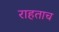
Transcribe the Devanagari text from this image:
राहताच